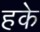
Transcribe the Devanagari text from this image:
हके